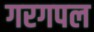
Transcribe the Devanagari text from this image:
गरगपल